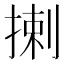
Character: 揦